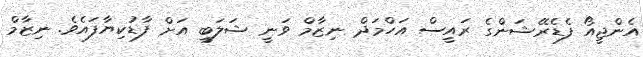
އެންޖީއޯ ފެޑެރޭޝަންގެ ރައީސް އަހްމަދް ނިޒާމް ވަނީ ޝަލަބީ އަށް ފާޑުކިޔާފައެވެ. ނިޒާމް